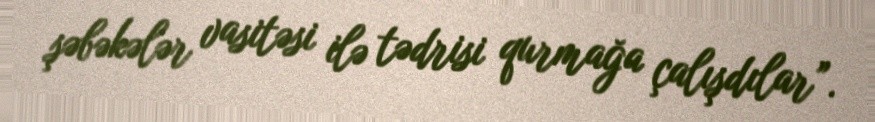
şəbəkələr vasitəsi ilə tədrisi qurmağa çalışdılar”.